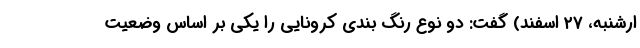
ارشنبه، ۲۷ اسفند) گفت: دو نوع رنگ بندی کرونایی را یکی بر اساس وضعیت